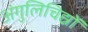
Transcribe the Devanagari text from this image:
अंगुलिचिह्नों